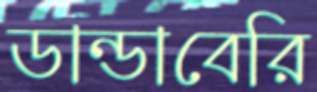
ডান্ডাবেরি